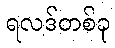
ရလဒ်တစ်ခု